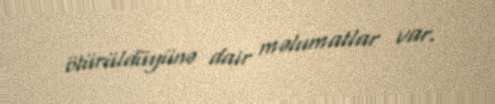
ötürüldüyünə dair məlumatlar var.